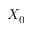
X _ { 0 }